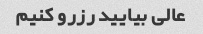
عالی بیایید رزرو کنیم